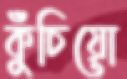
কুঁচিয়ো